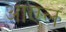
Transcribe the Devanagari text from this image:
आएल